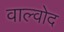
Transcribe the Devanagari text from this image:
वाल्वोद